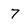
Character: 7